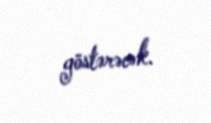
göstərəcək.